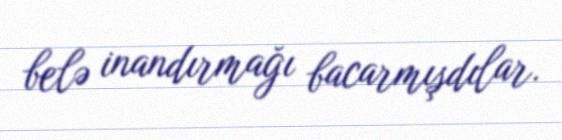
belə inandırmağı bacarmışdılar.